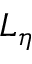
L _ { \eta }